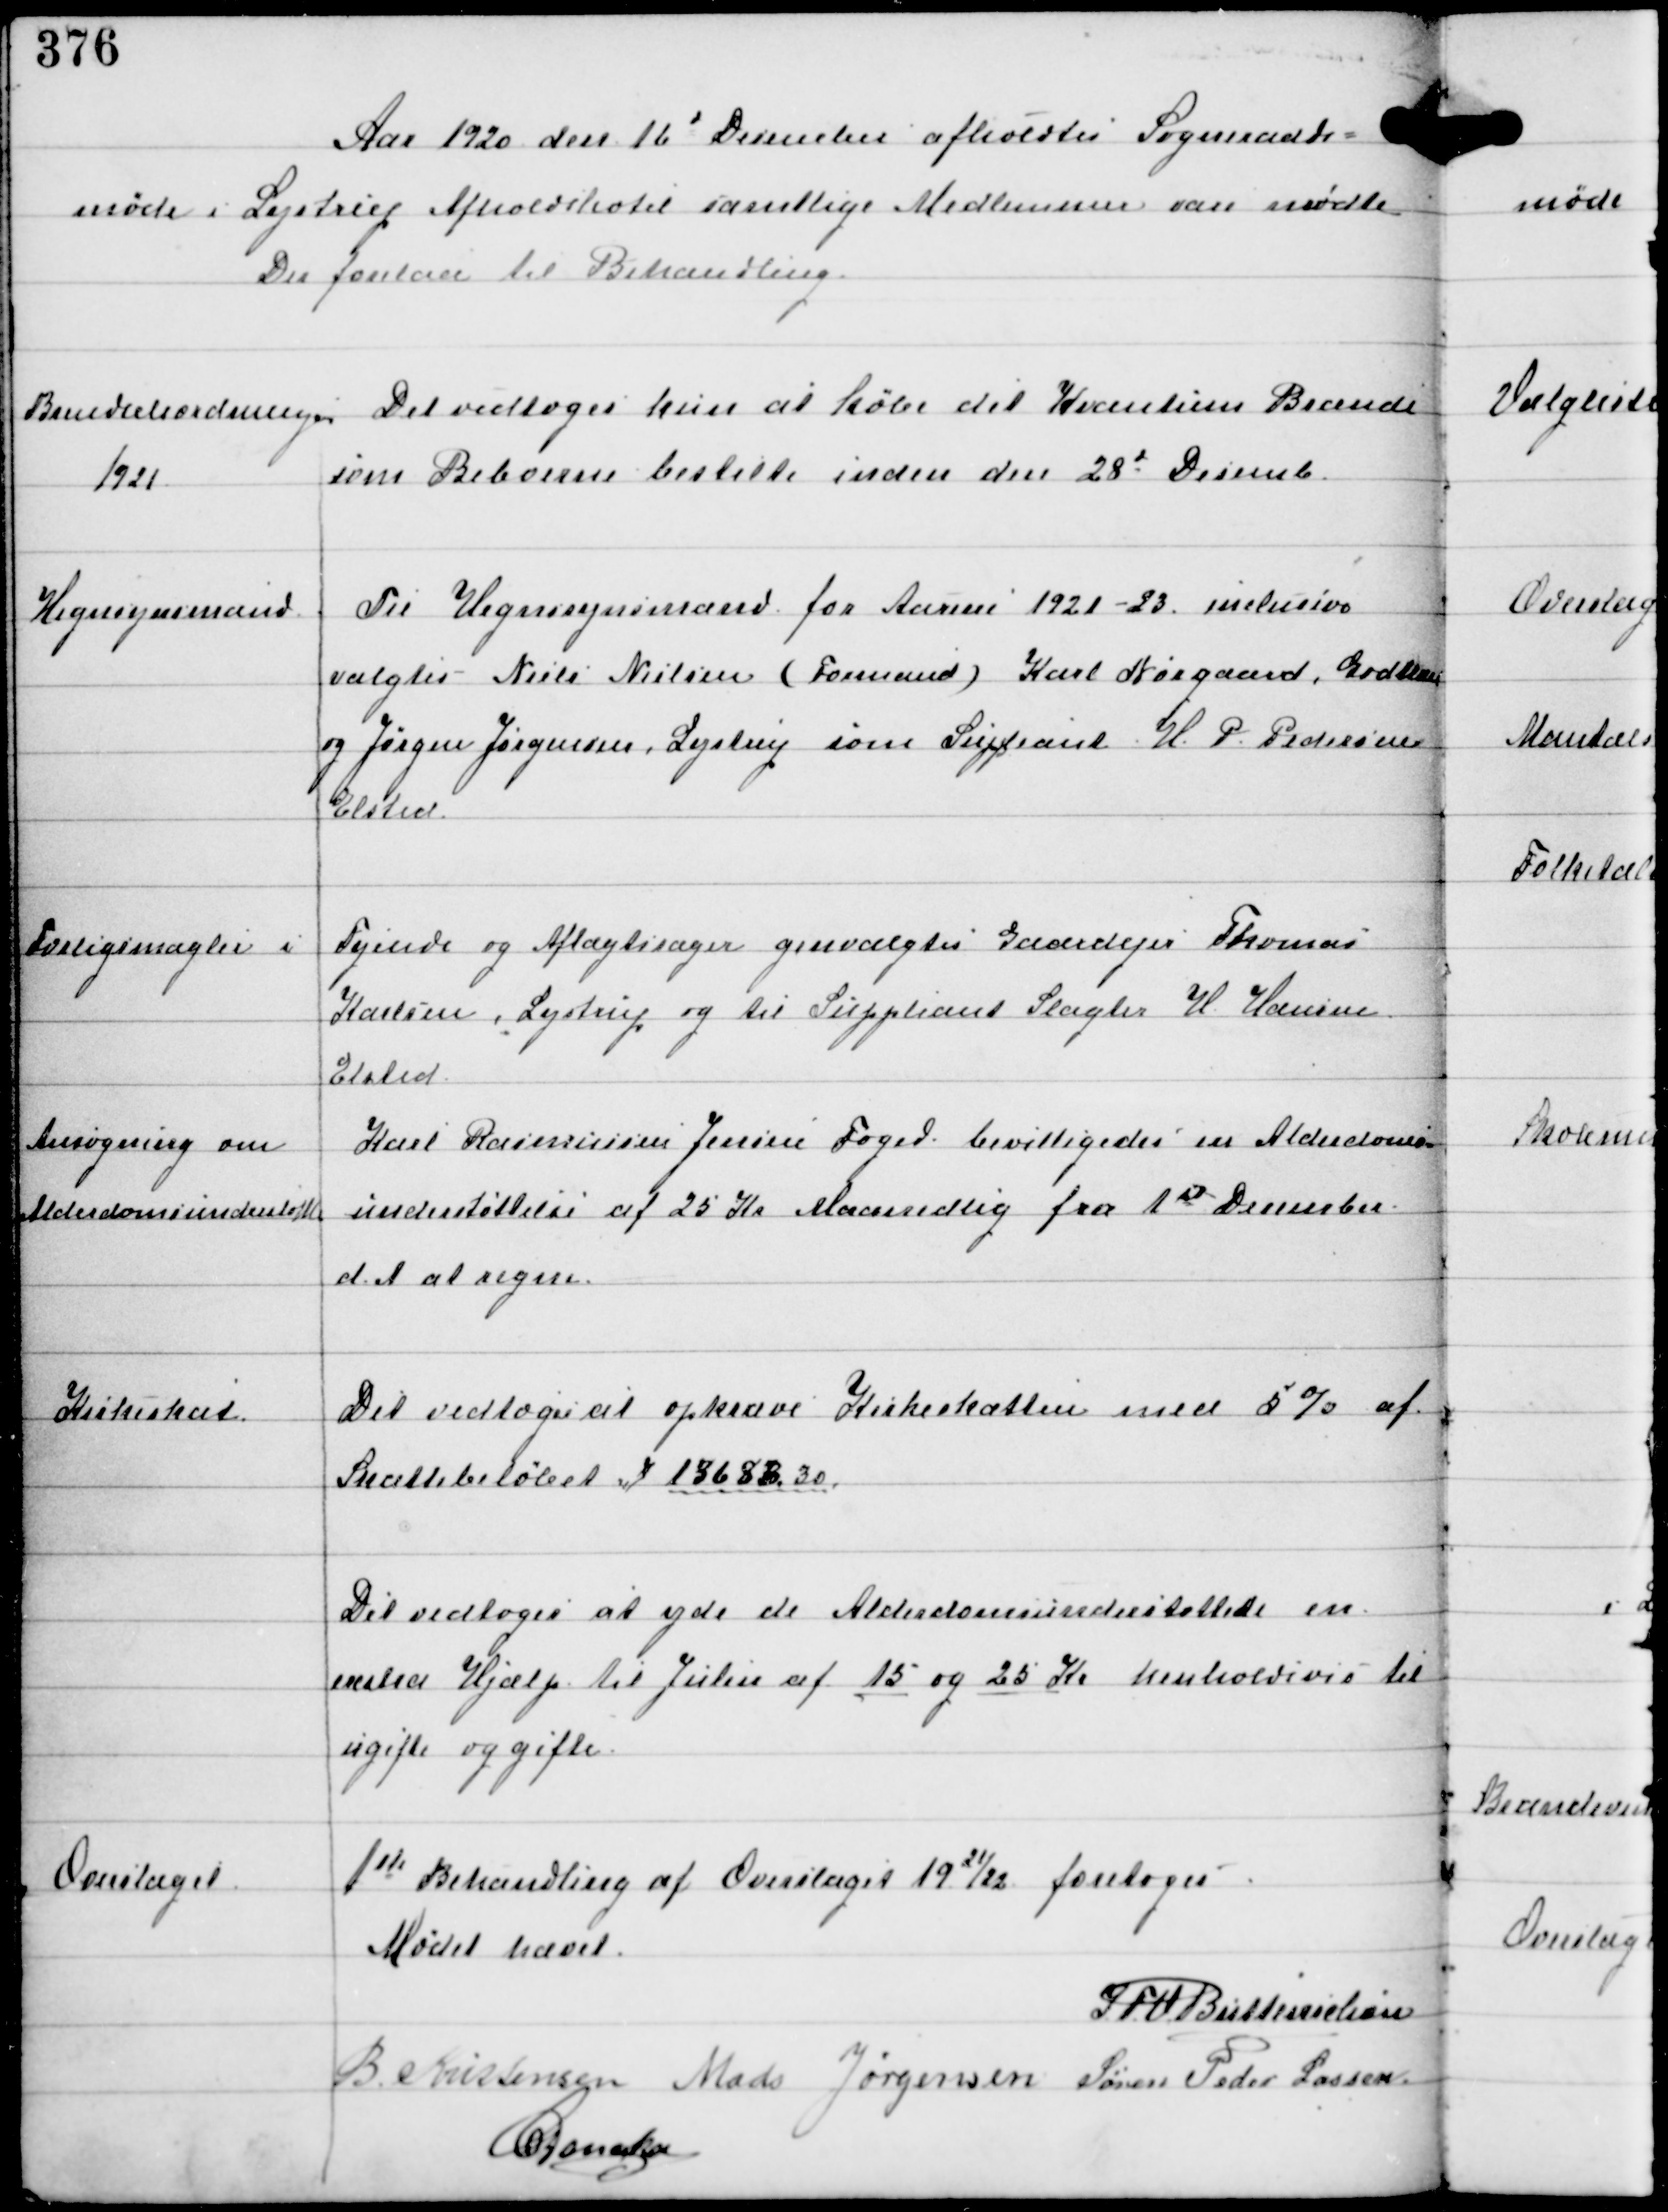
Transskription:
Aar 1920 den 16d December afholdtes Sogneraads-
møde i Lystrup Afholdshotel samtlige Medlemmer vare mødte
Der forelaa til Behandling

Brændselsordningen
1921

Det vedtoges kun at købe det Kvantum Brændsel
som Beboerne bestilte inden den 28d Decemb

Hegnsynsmænd

Til Hegnsynsmænd for Aarene 1921-23 inclusive
valgtes Niels Nielsen (Formand) Karl Nørgaard, Godthaab
og Jørgen Jørgensen, Lystrup som Supleant H.P. Pedersen
Elsted.

Forligsmægler

i Tyende og Aftægtssager genvalgtes Gaardejer Thomas
Karlsen, Lystrup og til Suppleant Slagter H Hansen
Elsted

Ansøgning om
Alderdomsunderstøttelse

Karl Rasmussen Jensen Foged bevilligedes en Alderdoms-
understøttelse af 25 Kr Maanedlig fra 1st December
d.A at regne.

Kirkeskat

Det vedtoges at opkræve Kirkeskatten med 5% af
Skattebeløbet Kr 13683.30.

Det vedtoges at yde de Alderdomsunderstøttede en
extra Hjælp til Julen af 15 og 25 Kr henholdsvis til
ugifte og gifte.

Overslaget

1st Behandling af Overslaget 1921/22 foretoges.

Mødet hævet

IFV Buttenschøn
B. Kristensen Mads Jørgensen Søren Peder Lassen
C Dencker